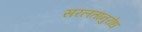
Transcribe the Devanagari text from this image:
सरलतानुरोध